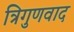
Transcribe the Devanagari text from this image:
त्रिगुणवाद